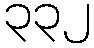
၃၃၂